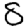
Digit: 8